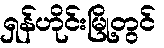
ရှန်ဟိုင်းမြို့တွင်